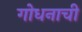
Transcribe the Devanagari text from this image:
गोधनाची